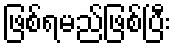
ဖြစ်ရမည်ဖြစ်ပြီး